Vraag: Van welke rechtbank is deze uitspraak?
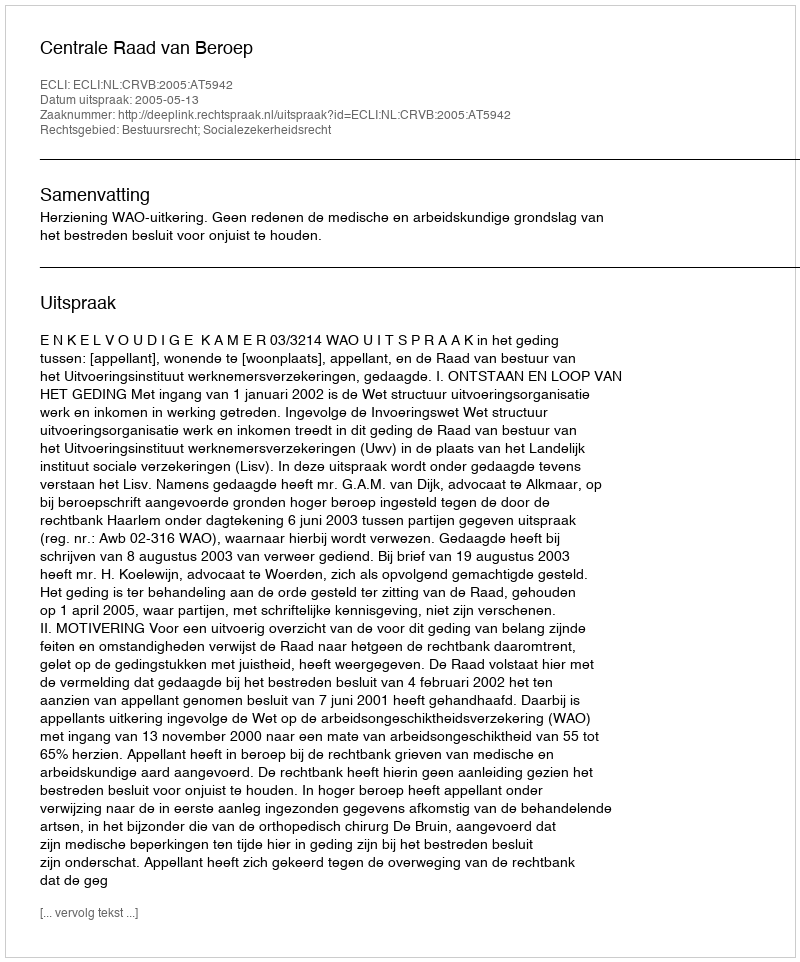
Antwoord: Centrale Raad van Beroep